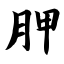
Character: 胛